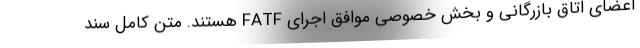
اعضای اتاق بازرگانی و بخش خصوصی موافق اجرای FATF هستند. متن کامل سند